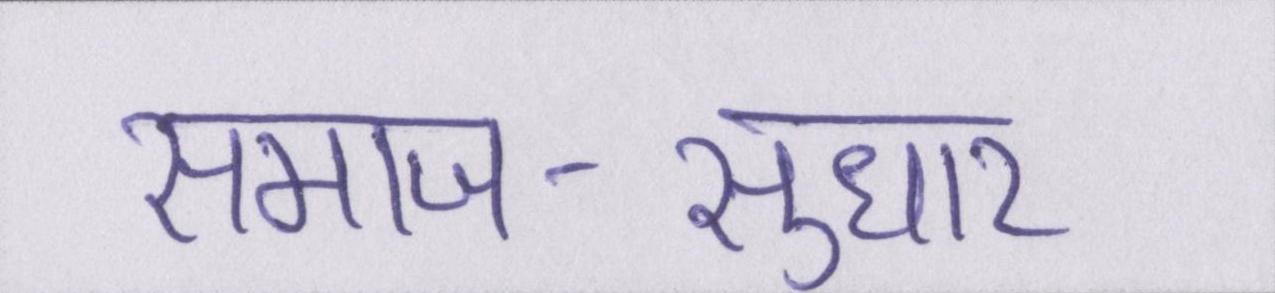
समाज-सुधार